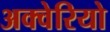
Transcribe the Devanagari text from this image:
अक्वेरियो